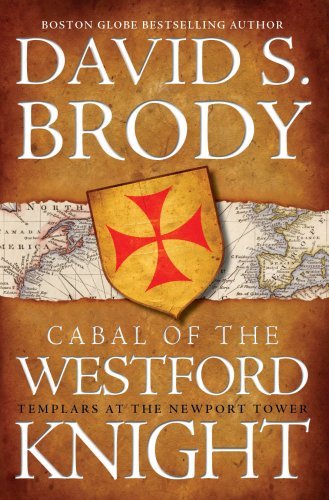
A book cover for Cabal of The Westford Knight: Templars at the Newport Tower (Book #1 in the Templars in America Series); David S. Brody; Religion & Spirituality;